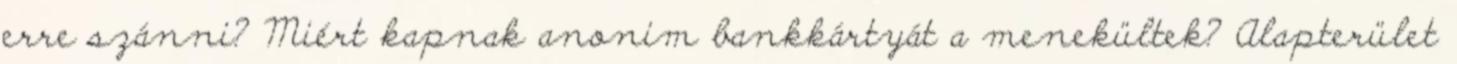
erre szánni? Miért kapnak anonim bankkártyát a menekültek? Alapterület